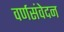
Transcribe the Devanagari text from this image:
वर्णसंवेदन